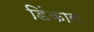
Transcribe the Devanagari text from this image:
डिंकास